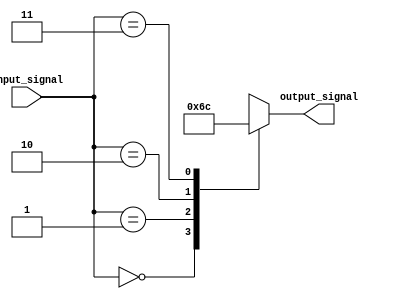
module simple_case(
    input wire [1:0] input_signal,
    output reg [1:0] output_signal
);

always @(*)
begin
    case(input_signal)
        2'b00: output_signal = 2'b01;
        2'b01: output_signal = 2'b10;
        2'b10: output_signal = 2'b11;
        2'b11: output_signal = 2'b00;
        default: output_signal = 2'b00;
    endcase
end

endmodule